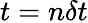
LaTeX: t=n\delta t